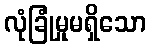
လုံခြုံမှုမရှိသော